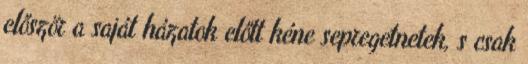
először a saját házatok előtt kéne sepregetnetek, s csak